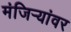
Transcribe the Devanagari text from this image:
मंजिऱ्यांवर